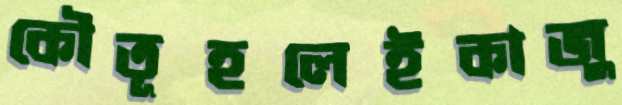
কৌতূহলেইকাজু